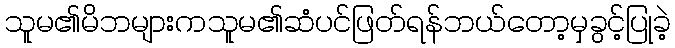
သူမ၏မိဘများကသူမ၏ဆံပင်ဖြတ်ရန်ဘယ်တော့မှခွင့်ပြုခဲ့